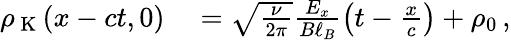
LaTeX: \begin{array}{rl}{\rho_{\mathrm{~K~}}(x-ct,0)}&{{}=\sqrt{\frac{\nu}{2\pi}}\frac{E_{x}}{B\ell_{B}}\left(t-\frac{x}{c}\right)+\rho_{0}\, ,}\end{array}